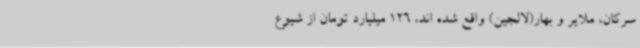
سرکان، ملایر و بهار(لالجین) واقع شده اند، 126 میلیارد تومان از ‌شیوع